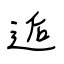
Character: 逅